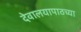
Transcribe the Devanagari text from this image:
देवालयापाठच्या